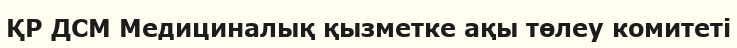
ҚР ДСМ Медициналық қызметке ақы төлеу комитеті